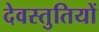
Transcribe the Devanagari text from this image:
देवस्तुतियों